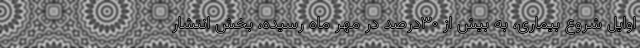
اوایل شروع بیماری، به بیش از ۳۰درصد در مهر ماه رسیده، بخش انتشار